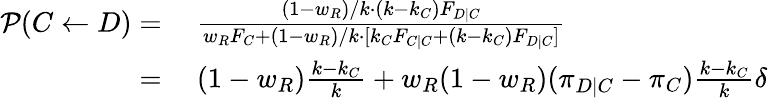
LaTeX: \begin{array}{rl}{\mathcal{P}(C\gets D)=}&{{}~\frac{(1-w_{R})/k\cdot(k-k_{C})F_{D|C}}{w_{R}F_{C}+(1-w_{R})/k\cdot[k_{C}F_{C|C}+(k-k_{C})F_{D|C}]}}\\ {=}&{{}~(1-w_{R})\frac{k-k_{C}}{k}+w_{R}(1-w_{R})(\pi_{D|C}-\pi_{C})\frac{k-k_{C}}{k}\delta}\end{array}